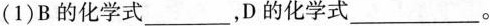
(1)B的化学式_________，D的化学式_________。